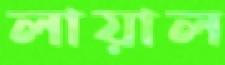
লায়াল